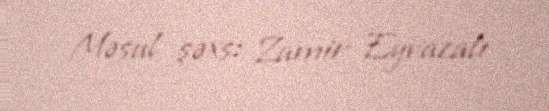
Məsul şəxs: Zamir Eyvazalı